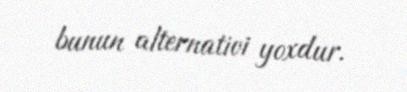
bunun alternativi yoxdur.